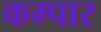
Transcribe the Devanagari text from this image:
कम्पार